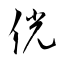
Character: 侊